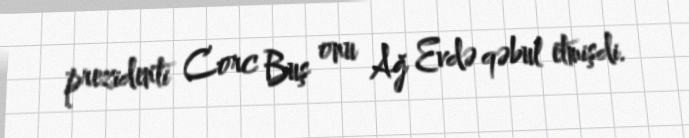
prezidenti Corc Buş onu Ağ Evdə qəbul etmişdi.